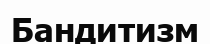
Бандитизм